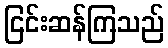
ငြင်းဆန်ကြသည်